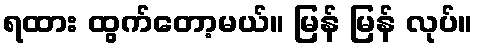
ရထား ထွက်တော့မယ်။ မြန် မြန် လုပ်။